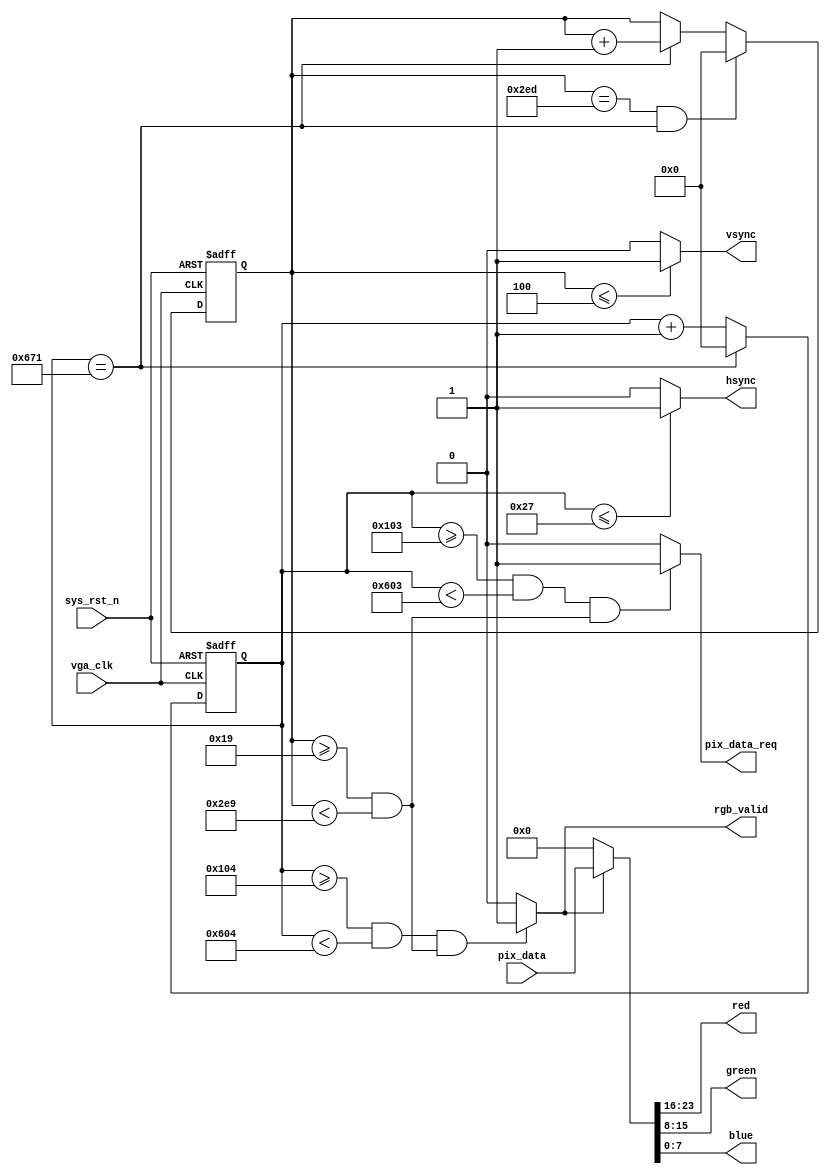
`timescale  1ns/1ns
////////////////////////////////////////////////////////////////////////
// Module Name   : vga_ctrl
// Project Name  : ov5640_hdmi_1280x720
// Target Devices: Altera EP4CE10F17C8N
// Tool Versions : Quartus 13.0
// Description   : VGA
// 
// Revision      : V1.0
// Additional Comments:
// 
// : _Pro_FPGA
//     : http://www.embedfire.com
//     : http://www.firebbs.cn
//     : https://fire-stm32.taobao.com
////////////////////////////////////////////////////////////////////////

module  vga_ctrl
(
    input   wire            vga_clk     ,   //,25MHz
    input   wire            sys_rst_n   ,   //,
    input   wire    [23:0]  pix_data    ,   //

    output  wire            pix_data_req,
    output  wire            hsync       ,   //
    output  wire            vsync       ,   //
    output  wire            rgb_valid   ,
    output  wire    [7:0]   red         ,
    output  wire    [7:0]   green       ,
    output  wire    [7:0]   blue
    //output  wire    [15:0]  rgb             //
);

//********************************************************************//
//****************** Parameter and Internal Signal *******************//
//********************************************************************//
//parameter define
//1280*720
parameter H_SYNC    =   12'd40  ,   //
          H_BACK    =   12'd220 ,   //
          H_LEFT    =   12'd0   ,   //
          H_VALID   =   12'd1280,   //
          H_RIGHT   =   12'd0   ,   //
          H_FRONT   =   12'd110 ,   //
          H_TOTAL   =   12'd1650;   //
parameter V_SYNC    =   12'd5   ,   //
          V_BACK    =   12'd20  ,   //
          V_TOP     =   12'd0   ,   //
          V_VALID   =   12'd720 ,   //
          V_BOTTOM  =   12'd0   ,   //
          V_FRONT   =   12'd5   ,   //
          V_TOTAL   =   12'd750 ;   //

//reg   define
reg     [11:0]   cnt_h           ;   //
reg     [11:0]   cnt_v           ;   //

//********************************************************************//
//***************************** Main Code ****************************//
//********************************************************************//

//cnt_h:
always@(posedge vga_clk or  negedge sys_rst_n)
    if(sys_rst_n == 1'b0)
        cnt_h   <=  12'd0   ;
    else    if(cnt_h == H_TOTAL - 1'd1)
        cnt_h   <=  12'd0   ;
    else
        cnt_h   <=  cnt_h + 1'd1   ;

//hsync:
assign  hsync = (cnt_h  <=  H_SYNC - 1'd1) ? 1'b1 : 1'b0  ;

//cnt_v:
always@(posedge vga_clk or  negedge sys_rst_n)
    if(sys_rst_n == 1'b0)
        cnt_v   <=  12'd0 ;
    else    if((cnt_v == V_TOTAL - 1'd1) &&  (cnt_h == H_TOTAL-1'd1))
        cnt_v   <=  12'd0 ;
    else    if(cnt_h == H_TOTAL - 1'd1)
        cnt_v   <=  cnt_v + 1'd1 ;
    else
        cnt_v   <=  cnt_v ;

//vsync:
assign  vsync = (cnt_v  <=  V_SYNC - 1'd1) ? 1'b1 : 1'b0  ;

//rgb_valid:VGA
assign  rgb_valid = (((cnt_h >= H_SYNC + H_BACK + H_LEFT)
                    && (cnt_h < H_SYNC + H_BACK + H_LEFT + H_VALID))
                    &&((cnt_v >= V_SYNC + V_BACK + V_TOP)
                    && (cnt_v < V_SYNC + V_BACK + V_TOP + V_VALID)))
                    ? 1'b1 : 1'b0;

//pix_data_req:,rgb_valid
assign  pix_data_req = (((cnt_h >= H_SYNC + H_BACK + H_LEFT - 1'b1)
                    && (cnt_h < H_SYNC + H_BACK + H_LEFT + H_VALID - 1'b1))
                    &&((cnt_v >= V_SYNC + V_BACK + V_TOP)
                    && (cnt_v < V_SYNC + V_BACK + V_TOP + V_VALID)))
                    ? 1'b1 : 1'b0;

//rgb:
//assign  rgb = (rgb_valid == 1'b1) ? pix_data : 16'b0 ;
assign  {red,green,blue}    =  (rgb_valid == 1'b1) ? pix_data : 24'b0;

endmodule